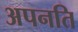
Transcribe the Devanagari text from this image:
अपनति